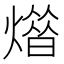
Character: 𤎳